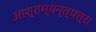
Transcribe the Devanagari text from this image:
आश्राम्यन्त्यत्र।